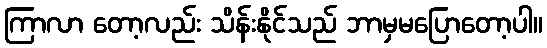
ကြာလာ တော့လည်း သိန်းနိုင်သည် ဘာမှမပြောတော့ပါ။